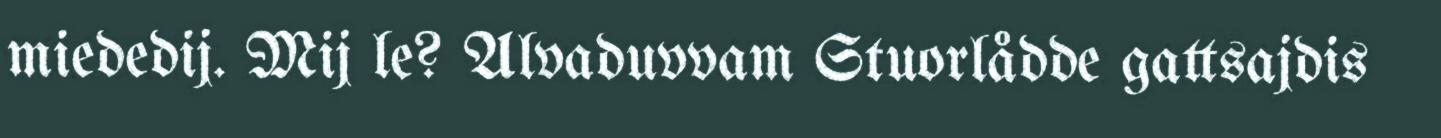
miededij. Mij le? Alvaduvvam Stuorlådde gattsajdis